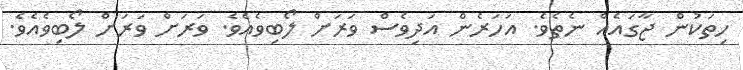
ހިތަކުން ޖާގައެއް ނެތެވެ. އަހަރެން އަދިވެސް ވަރަށް ލޯބިވެއެވެ. ވަރަށް ވަރަށް ލޯބިވެއެވެ.